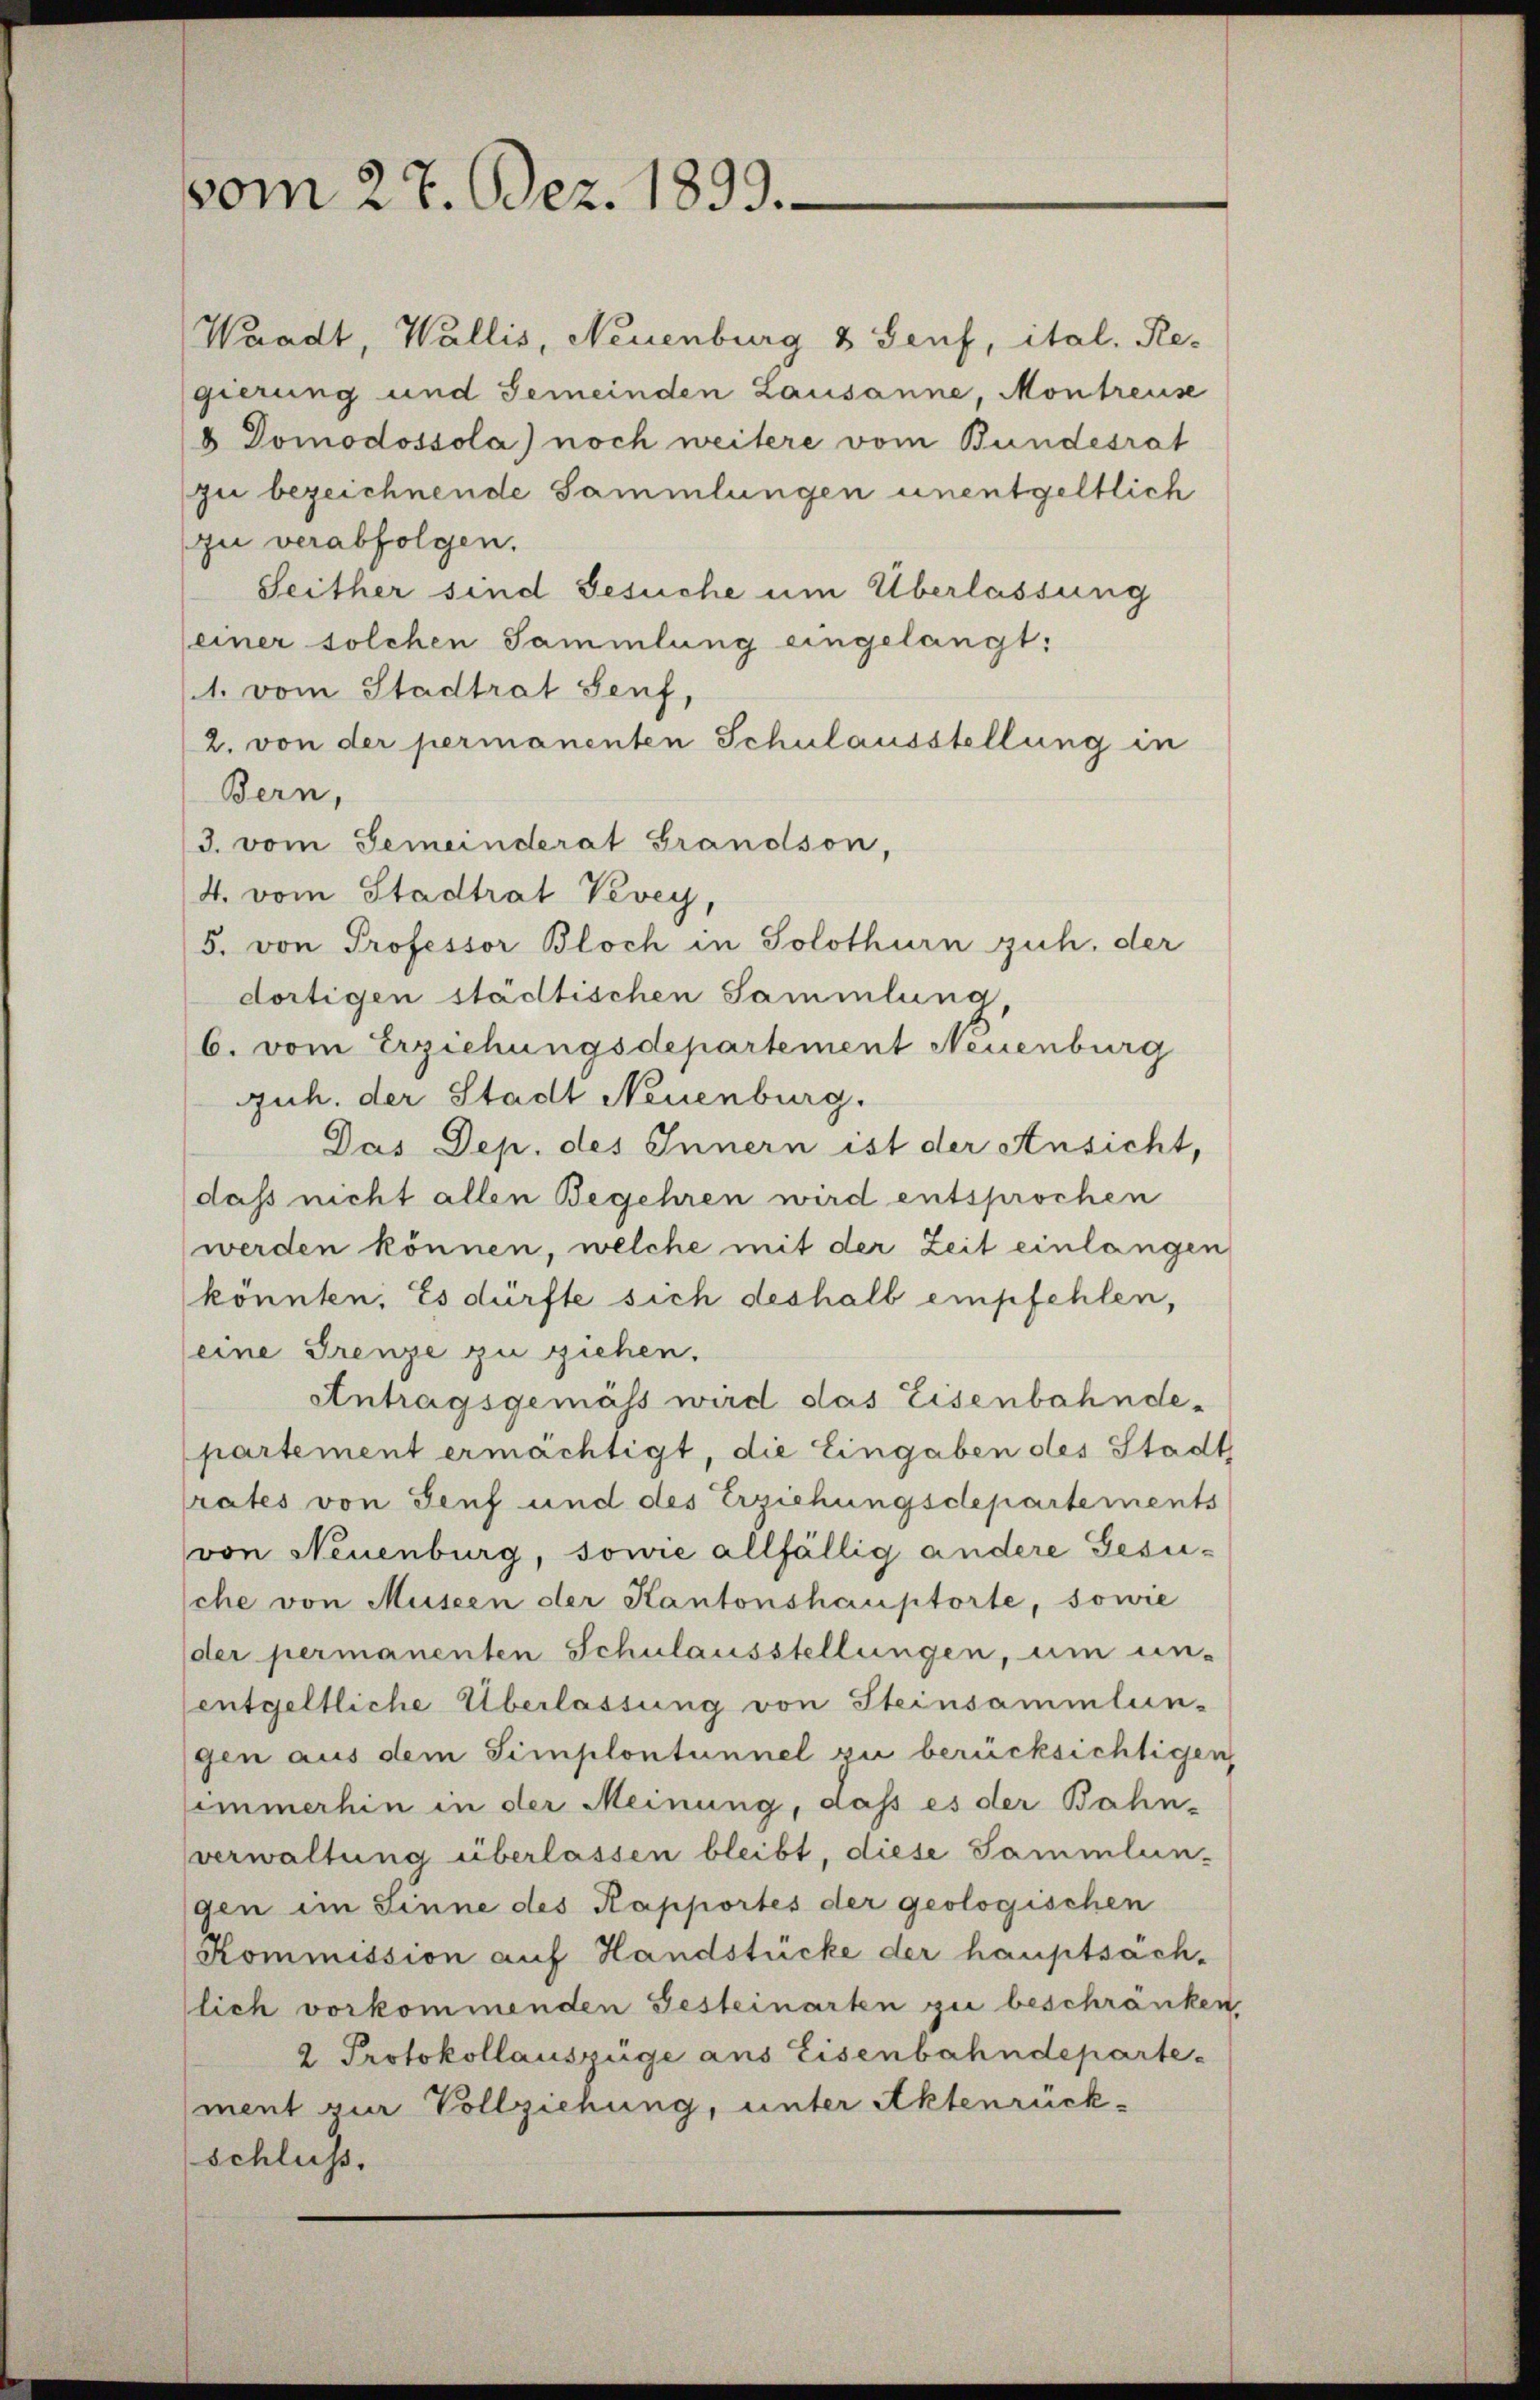
vom 27. Dez. 1899.

Waadt, Wallis, Neuenburg & Senf, ital. Re-
gierung und Gemeinden Lausanne, Montreuse
 Domodossola) noch weitere vom Bundesrat
zu bezeichnende Sammlungen unentgeltlich
zu verabfolgen.
Seither sind Gesuche um Überlassung
einer solchen Sammlung eingelangt:
1. vom Stadtrat Senf,
2. von der permanenten Schulausstellung in
Bern,
3. vom Gemeinderat Grandson,
4. vom Stadtrat Vevey,
5. von Professor Bloch in Solothurn zuh, der
dortigen städtischen Sammlung,
6. vom Erziehungsdepartement Neuenburg
guh. der Stadt Neuenburg.
Das Dep. des Innern ist der Ansicht,
daß nicht allen Begehren wird entsprochen
werden können, welche mit der Zeit einlangen
könnten. Es dürfte sich deshalb empfehlen,
eine Grenze zu ziehen.
Antragsgemäss wird das Eisenbahnde-
partement ermächtigt, die Eingaben des Stadt
rates von Senf und des Erziehungsdepartements
von Neuenburg, sowie allfällig andere Gesusche von Museen der Kantonshauptorte, sowie
der permanenten Schulausstellungen, um un-
entgeltliche Überlassung von Steinsammlun-
gen aus dem Simplontunnel zu berücksichtigen,
immerhin in der Meinung, daß es der Bahn-
verwaltung überlassen bleibt, diese Sammlun-
gen im Sinne des Kapportes der geologischen
Kommission auf Handstücke der hauptsäch-
lich vorkommenden Gesteinarten zu beschränken,
2 Protokollauszüge aus Eisenbahndeparte-
ment zur Vollzienung, unter Aktenrück-
schluss.